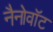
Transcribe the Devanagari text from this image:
नैनोवॉट